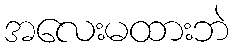
အလေးမထားဘဲ